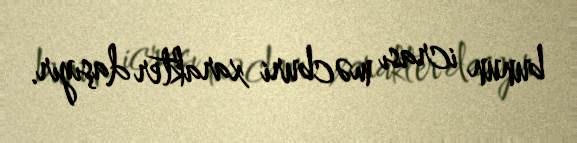
bunun icrası məcburi xarakter daşıyır.